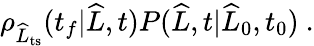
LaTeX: \begin{array}{r}{\rho_{\widehat{L}_{\mathrm{ts}}}(t_{f}|\widehat{L},t)P(\widehat{L},t|\widehat{L}_{0},t_{0})\ .}\end{array}